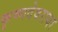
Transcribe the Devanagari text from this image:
कृष्णदेवरायर